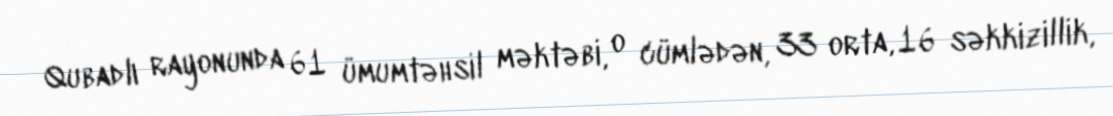
Qubadlı rayonunda 61 ümumtəhsil məktəbi, o cümlədən, 33 orta, 16 səkkizillik,